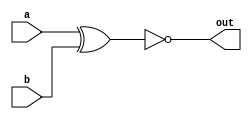
module top_module( 
    input a, 
    input b, 
    output out );

// Implement XNOR gate
assign out = ~(a ^ b);

endmodule